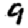
Digit: 9